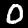
Label: 0